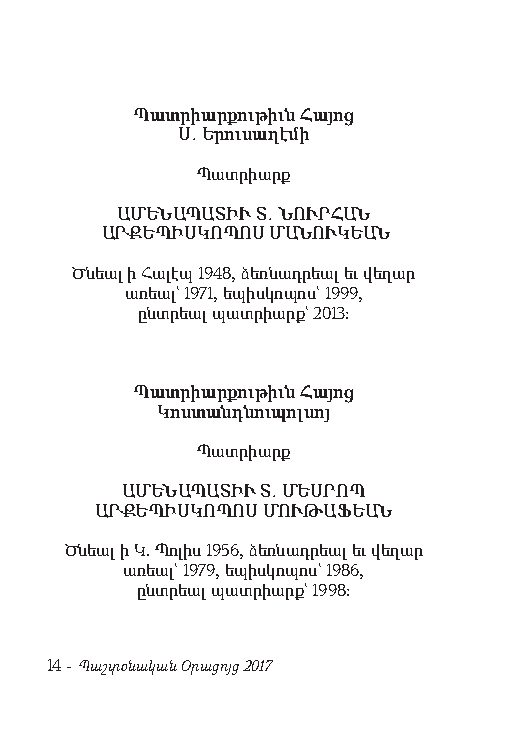
Պատ րիար քու թիւն Հա յոց
 Ս. Ե րու սաղ է մի
 Պատ րիարք
 ԱՄԵՆԱՊԱՏԻՒ Տ. ՆՈՒՐՀԱՆ
 ԱՐՔԵՊԻՍԿՈՊՈՍ ՄԱՆՈՒԿԵԱՆ
 Ծն եալ ի Հալէպ 1948, ձեռ նադ րեալ եւ վե ղար
 ա ռեալ` 1971, ե պիս կո պոս` 1999,
 ընտ րեալ պատրիարք` 2013:
 Պատ րիար քու թիւն Հա յոց
 Կոս տանդ նու պոլ սոյ
 Պատ րիարք
 ԱՄԵՆԱՊԱՏԻՒ Տ. ՄԵՍՐՈՊ
 ԱՐՔԵՊԻՍԿՈՊՈՍ ՄՈՒԹԱՖԵԱՆ
 Ծն եալ ի Կ. Պո լիս 1956, ձեռ նադ րեալ եւ վե ղար
 ա ռեալ` 1979, ե պիս կո պոս` 1986,
 ընտ րեալ պատ րիարք` 1998:
 14 - Պաշտօնական Օրացոյց 2017